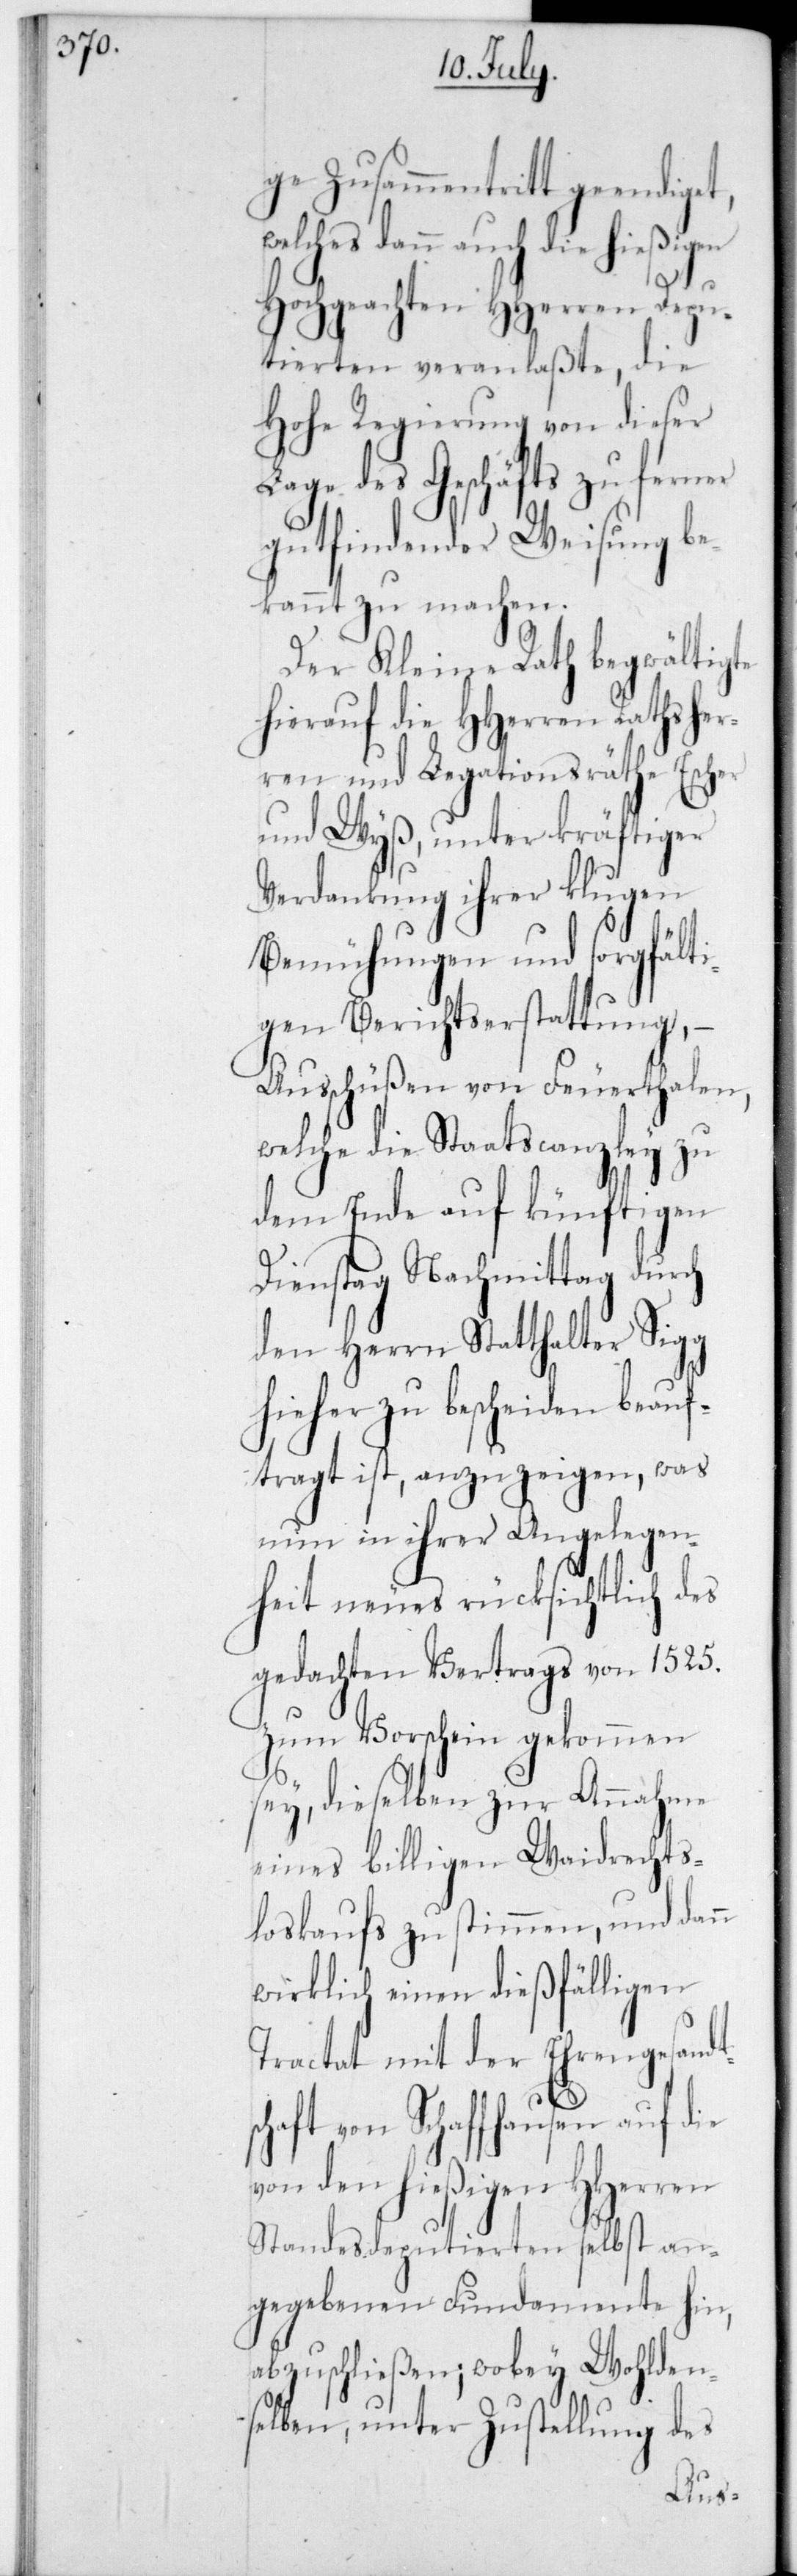
ge Zusammentritt geendiget,
welches dann auch die hießigen
Hochgeachten HHerren Depu¬
tierten veranlaßte, die
Hohe Regierung von dieser
Lage des Geschäfts zu ferner
gutfindender Weisung be¬
kannt zu machen.
Der Kleine Rath begwältigte
hierauf die HHerren Rathsher¬
ren und Legationsräthe Escher
und Wyß, unter kräftiger
Verdankung ihrer klugen
Bemühungen und sorgfälti¬
gen Berichtserstattung, –
Ausschüßen von Feuerthalen,
welche die Staatscanzley zu
dem Ende auf künftigen
Dienstag Nachmittag durch
den Herrn Statthalter Sigg
hieher zu bescheiden beauf¬
tragt ist, anzuzeigen, was
nun in ihrer Angelegen¬
heit neues rücksichtlich des
gedachten Vertrags von 1525
zum Vorschein gekommen
sey, dieselben zur Annahme
eines billigen Waidrechts¬
loskaufs zu stimmen, und dann
wirklich einen dießfälligen
Tractat mit der Ehrengesand¬
haft von Schaffhausen auf die
von den hießigen HHerren
Standesdeputierten selbst an¬
gegebenen Fundamente hin,
abzuschließen; wobey Wohlden¬
selben, unter Zustellung des
tsc¬